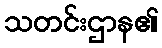
သတင်းဌာန၏